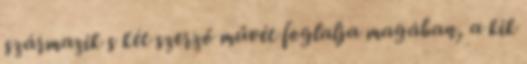
származik s két szerző művét foglalja magában, a kik